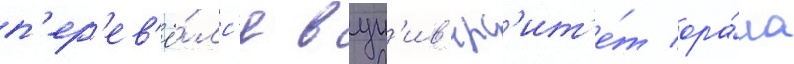
п'ер'ев'ё́лс'я в ун'ив'ерс'ит'е́т ора́ла